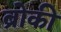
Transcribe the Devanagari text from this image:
ब्रोकी